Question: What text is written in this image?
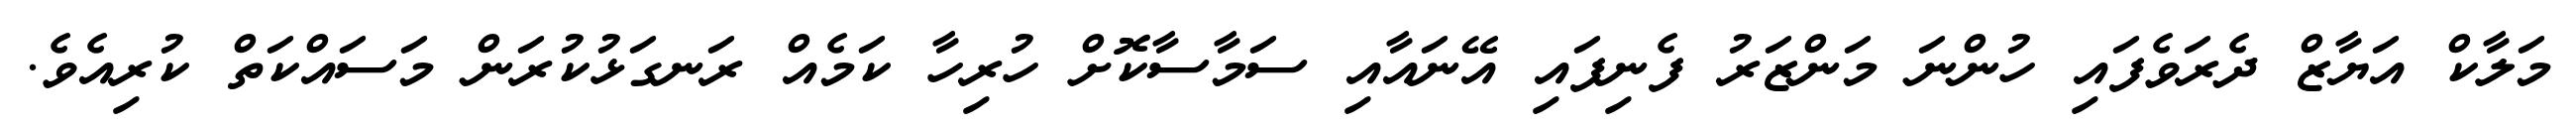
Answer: މަލާކް އަޔާޒް ދެރަވެފައި ހުންނަ މަންޒަރު ފެނިފައި އޭނައާއި ސަމާސާކޮށް ހުރިހާ ކަމެއް ރަނގަޅުކުރަން މަސައްކަތް ކުރިއެވެ.